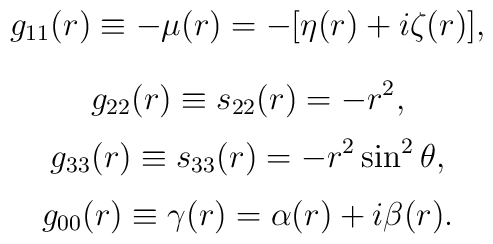
g_{11}(r)\equiv -\mu(r)=-[\eta(r)+i\zeta(r)],$$$$g_{22}(r)\equiv s_{22}(r)=-r^2,$$$$g_{33}(r)\equiv s_{33}(r)=-r^2\sin^2\theta,$$$$g_{00}(r)\equiv \gamma(r)=\alpha(r)+i\beta(r).